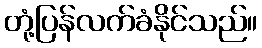
တုံ့ပြန်လက်ခံနိုင်သည်။